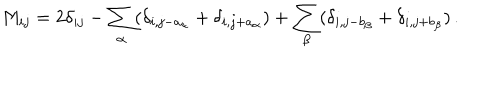
LaTeX: M _ { i j } = 2 \delta _ { i j } - \sum _ { \alpha } ( \delta _ { i , j - a _ { \alpha } } + \delta _ { i , j + a _ { \alpha } } ) + \sum _ { \beta } ( \delta _ { i , j - b _ { \beta } } + \delta _ { i , j + b _ { \beta } } ) \, .